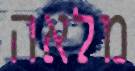
מלאה